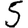
Digit: 5